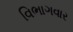
વિભાગવાર